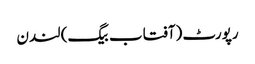
رپورٹ (آفتاب بیگ) لندن